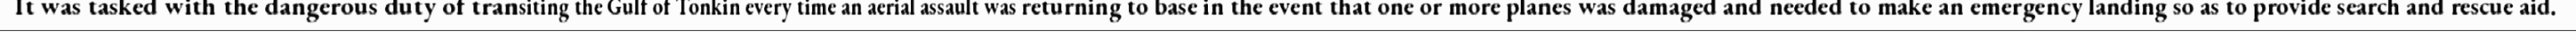
It was tasked with the dangerous duty of transiting the Gulf of Tonkin every time an aerial assault was returning to base in the event that one or more planes was damaged and needed to make an emergency landing so as to provide search and rescue aid.